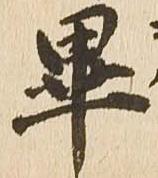
畢